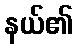
နယ်၏